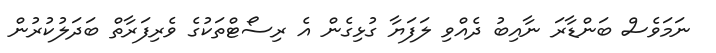
ނަމަވެސް ބަންޑާރަ ނާއިބު ދެއްވި ލަފަޔާ ގުޅިގެން އެ ރިސޯޓްތަކުގެ ވެރިފަރާތް ބަދަލުކުރުން